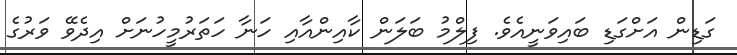
ގަޑިން އަށްގަޑި ބައިވަނީއެވެ. ފިލްމު ބަލަން ކާއިންއާއި ހަނާ ހަތަރުމީހުނަށް އިދެވޭ ވަރުގެ